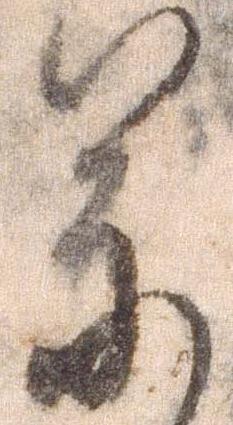
参